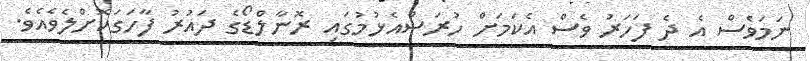
ނަމަވެސް އެ ދެ ފަހަރު ވެސް އެކަމަށް ހުރަސްއެޅުމުގައި ރޮނާލްޑޯގެ ދައުރު ފާހަގަކޮށްލެވެއެވެ.